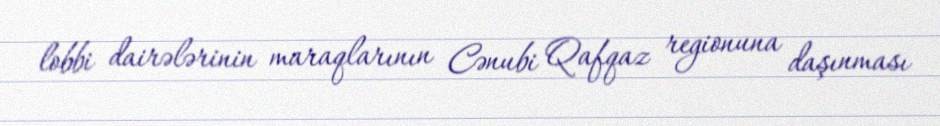
lobbi dairələrinin maraqlarının Cənubi Qafqaz regionuna daşınması